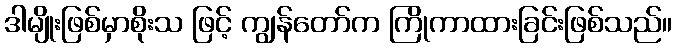
ဒါမျိုးဖြစ်မှာစိုးသ ဖြင့် ကျွန်တော်က ကြိုကာထားခြင်းဖြစ်သည်။